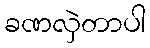
ခဏလှဲတာပါ